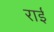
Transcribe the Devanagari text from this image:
राईं